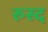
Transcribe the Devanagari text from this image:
रुस्द